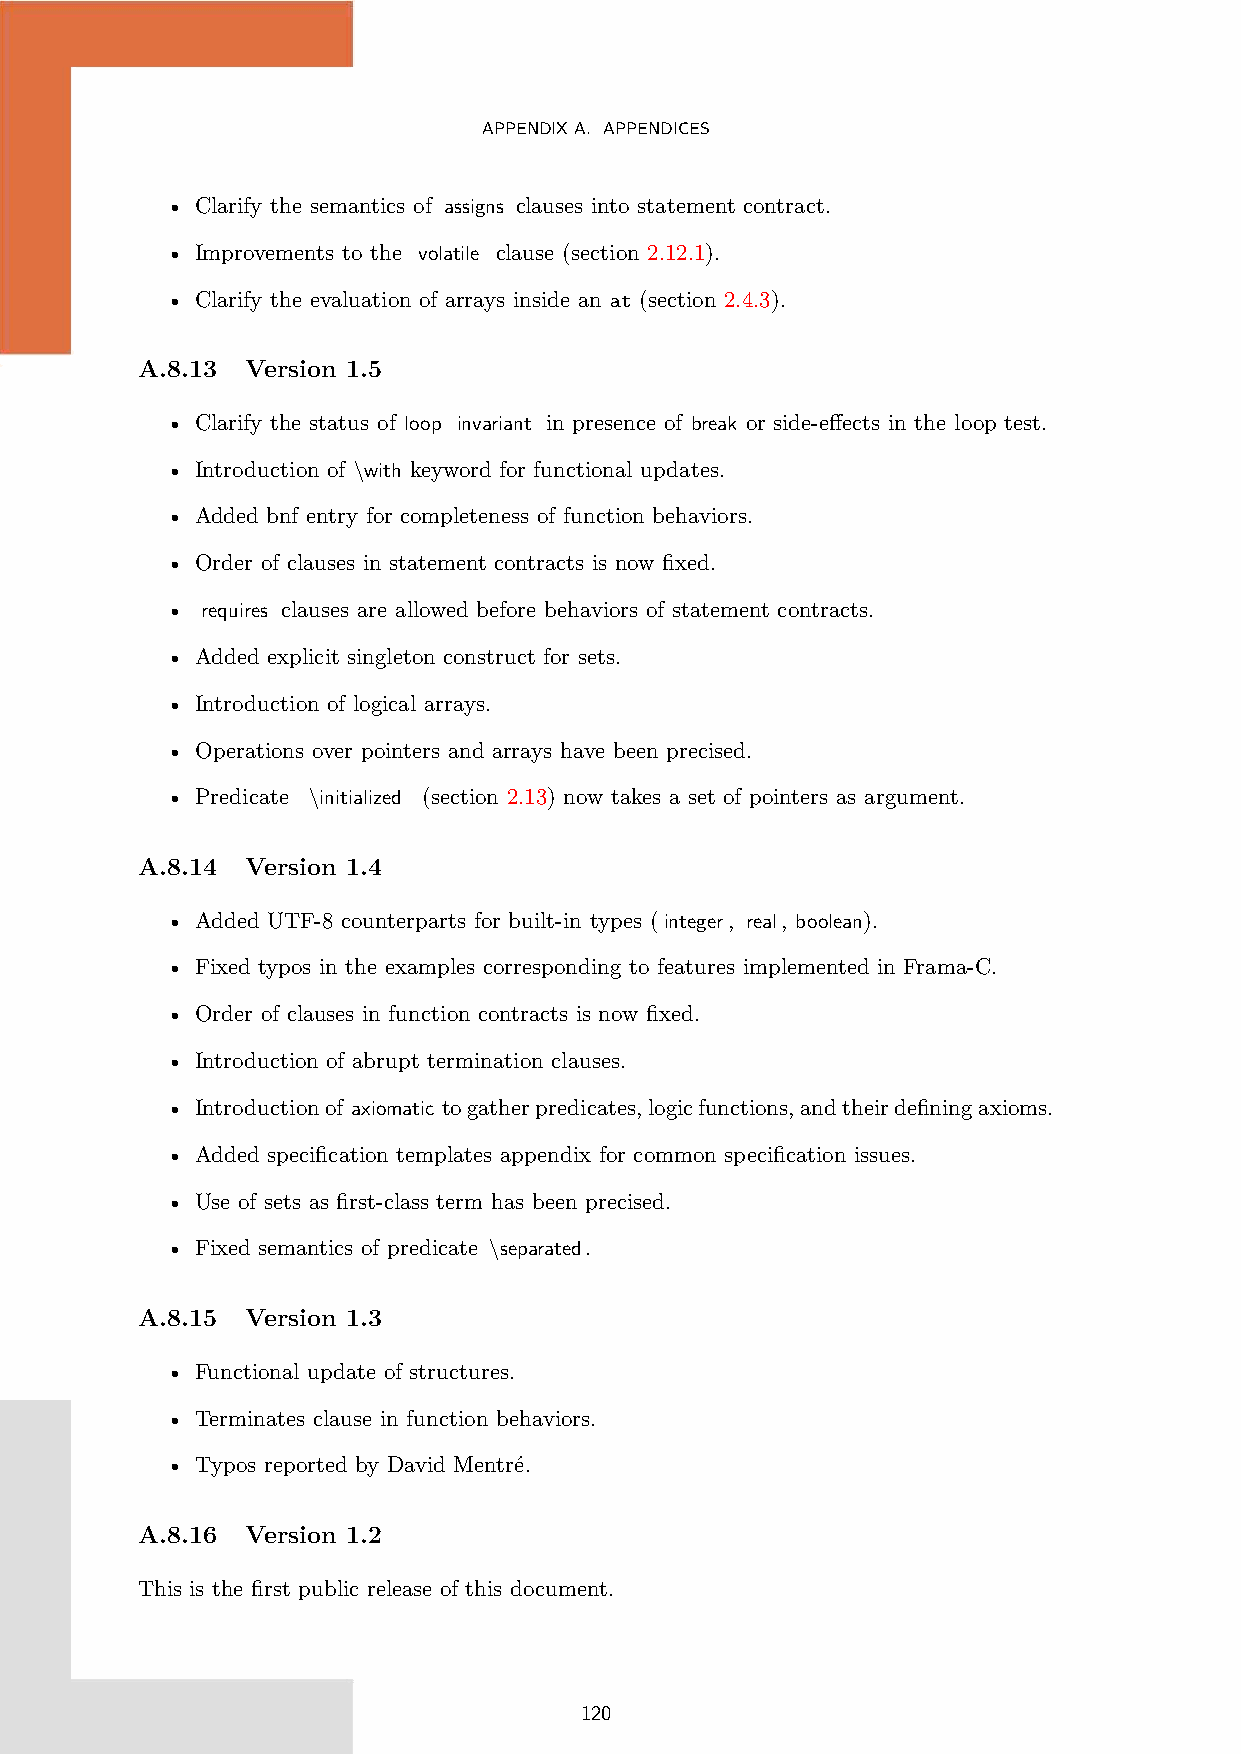
APPENDIXA. APPENDICES
 • Clarify the semantics of assigns clauses into statement contract.
 • Improvements to the volatile clause (section 2.12.1).
 • Clarify the evaluation of arrays inside an at (section 2.4.3).
 A.8.13 Version 1.5
 • Clarify the status of loop invariant in presence of break or side-effects in the loop test.
 • Introduction of \with keyword for functional updates.
 • Added bnf entry for completeness of function behaviors.
 • Order of clauses in statement contracts is now fixed.
 • requires clauses are allowed before behaviors of statement contracts.
 • Added explicit singleton construct for sets.
 • Introduction of logical arrays.
 • Operations over pointers and arrays have been precised.
 • Predicate \initialized (section 2.13) now takes a set of pointers as argument.
 A.8.14 Version 1.4
 • Added UTF-8 counterparts for built-in types (integer, real, boolean).
 • Fixed typos in the examples corresponding to features implemented in Frama-C.
 • Order of clauses in function contracts is now fixed.
 • Introduction of abrupt termination clauses.
 • Introductionof axiomatic togatherpredicates,logicfunctions,andtheirdefiningaxioms.
 • Added specification templates appendix for common specification issues.
 • Use of sets as first-class term has been precised.
 • Fixed semantics of predicate \separated.
 A.8.15 Version 1.3
 • Functional update of structures.
 • Terminates clause in function behaviors.
 • Typos reported by David Mentré.
 A.8.16 Version 1.2
 This is the first public release of this document.
 120